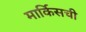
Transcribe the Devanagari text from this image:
मार्किसची